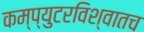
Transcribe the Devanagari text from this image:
कम्प्युटरविश्वातच